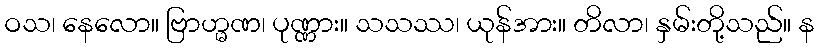
ဝသ၊ နေလော။ ဗြာဟ္မဏ၊ ပုဏ္ဏား။ သသဿ၊ ယုန်အား။ တိလာ၊ နှမ်းတို့သည်။ န